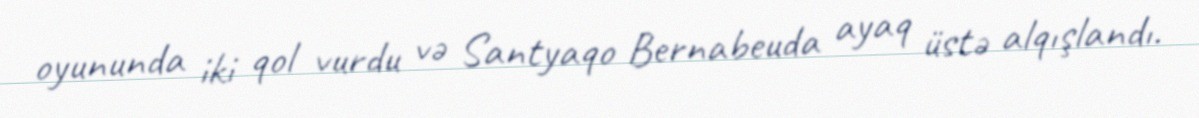
oyununda iki qol vurdu və Santyaqo Bernabeuda ayaq üstə alqışlandı.